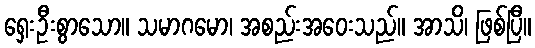
ရှေးဦးစွာသော။ သမာဂမော၊ အစည်းအဝေးသည်။ အာသိ၊ ဖြစ်ပြီ။